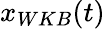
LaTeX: x_{WKB}(t)